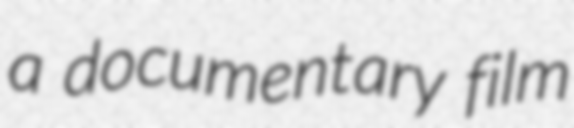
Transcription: a documentary film